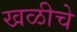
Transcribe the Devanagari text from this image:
खळीचे